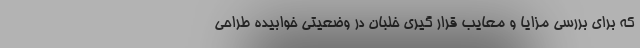
که برای بررسی مزایا و معایب قرار گیری خلبان در وضعیتی خوابیده طراحی